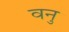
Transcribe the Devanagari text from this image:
वनु